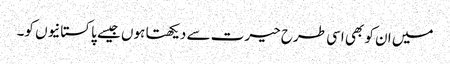
میں ان کو بھی اسی طرح حیرت سے دیکھتا ہوں جیسے پاکستانیوں کو۔